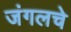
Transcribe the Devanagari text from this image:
जंगलचे